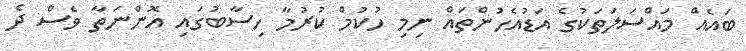
ބައެއް މައްސަލަތަކުގެ އަޑުއެހުންތައް ނިމި ހުކުމް ކުރުމާ ހިސާބުގައި އޮންނަތާ ވެސް ދެ